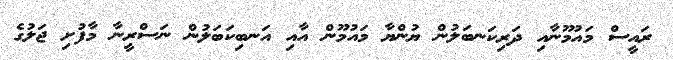
ރައީސް މައުމޫނާއި ދަރިކަނބަލުން ޔުންޔާ މައުމޫން އާއި އަނބިކަބަލުން ނަސްރީނާ މާފުށި ޖަލުގެ